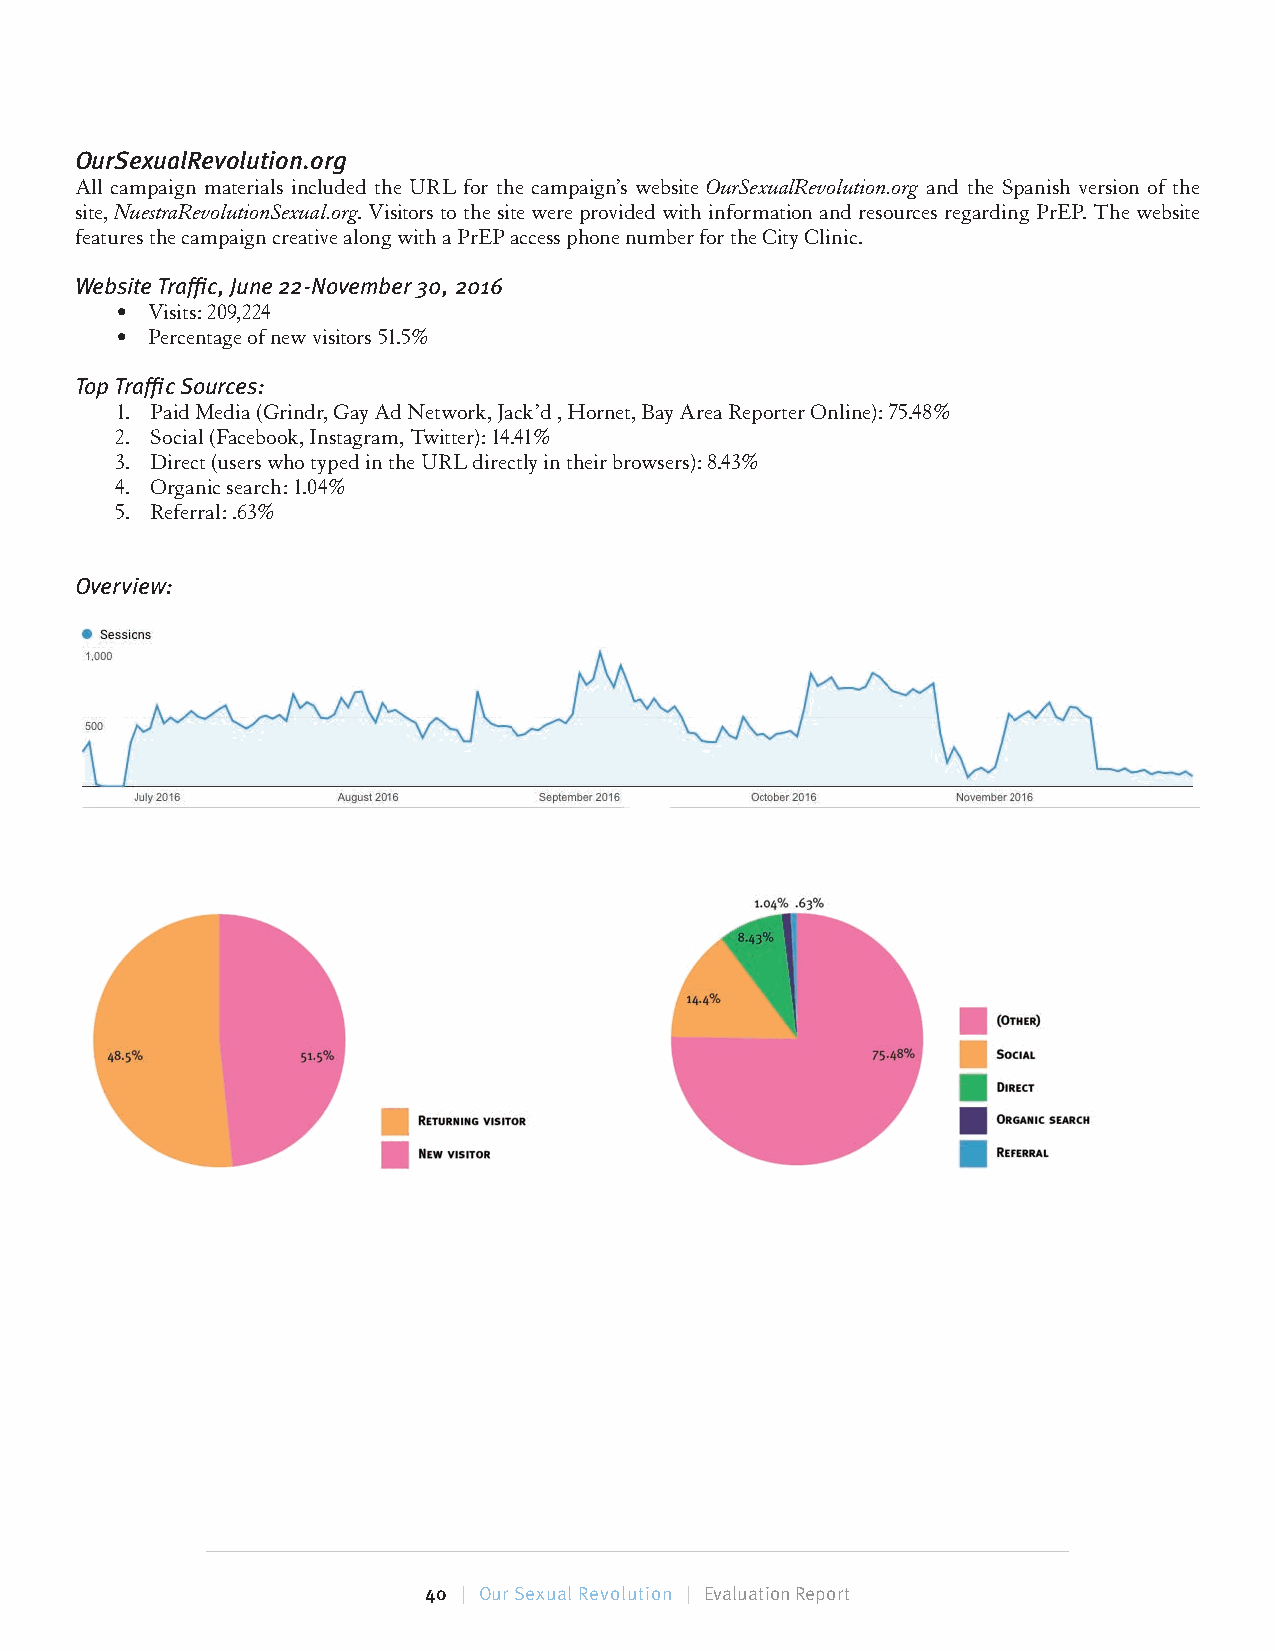
OurSexualRevolution.org
 All campaign materials included the URL for the campaign’s website OurSexualRevolution.org and the Spanish version of the
 site, NuestraRevolutionSexual.org. Visitors to the site were provided with information and resources regarding PrEP. The website
 features the campaign creative along with a PrEP access phone number for the City Clinic.
 Website Traffi c, June 22-November 30, 2016
 • Visits: 209,224
 • Percentage of new visitors 51.5%
 Top Traffi c Sources:
 1. Paid Media (Grindr, Gay Ad Network, Jack’d , Hornet, Bay Area Reporter Online): 75.48%
 2. Social (Facebook, Instagram, Twitter): 14.41%
 3. Direct (users who typed in the URL directly in their browsers): 8.43%
 4. Organic search: 1.04%
 5. Referral: .63%
 Overview:
 40 | Our Sexual Revolution | Evaluation Report